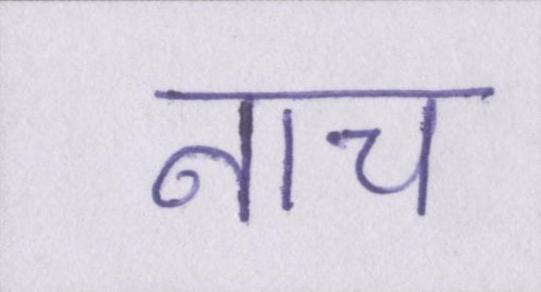
नाच